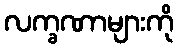
လက္ခဏာများကို